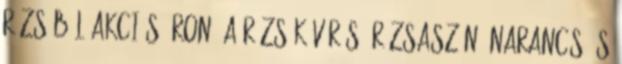
rózsából akciós áron. A rózsák vörös, rózsaszín, narancs és